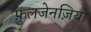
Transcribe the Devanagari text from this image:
फ़ुलजेनज़ियो